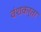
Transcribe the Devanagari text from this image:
वंशकर्ता